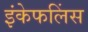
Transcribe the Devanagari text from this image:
इंकेफलिंस